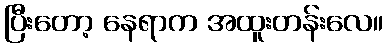
ပြီးတော့ နေရာက အထူးတန်းလေ။